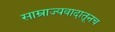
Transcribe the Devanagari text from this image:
साम्राज्यवादातूनच